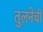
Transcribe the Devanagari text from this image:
तुलनेची